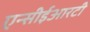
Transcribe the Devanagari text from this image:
एन्सीईआरटी